Civil Veterinary Department. Central Provinces & Berar 1925-31 - 1925-1931
Year: 1925
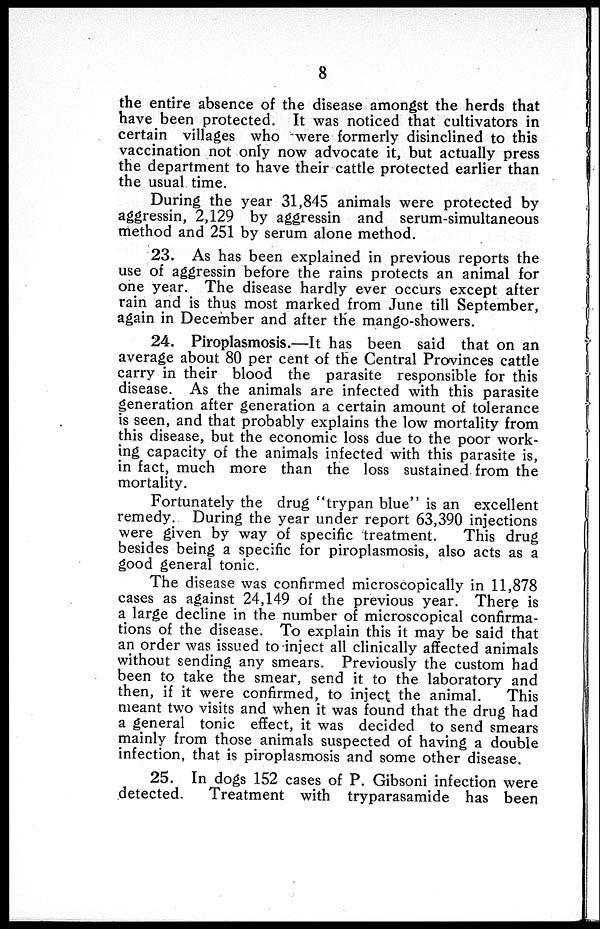
8
the entire absence of the disease amongst the herds that
have been protected. It was noticed that cultivators in
certain villages who were formerly disinclined to this
vaccination not only now advocate it, but actually press
the department to have their cattle protected earlier than
the usual time.
During the year 31,845 animals were protected by
aggressin, 2,129 by aggressin and serum-simultaneous
method and 251 by serum alone method.
23. As has been explained in previous reports the
use of aggressin before the rains protects an animal for
one year. The disease hardly ever occurs except after
rain and is thus most marked from June till September,
again in December and after the mango-showers.
24. Piroplasmosis.—It has been said that on an
average about 80 per cent of the Central Provinces cattle
carry in their blood the parasite responsible for this
disease. As the animals are infected with this parasite
generation after generation a certain amount of tolerance
is seen, and that probably explains the low mortality from
this disease, but the economic loss due to the poor work-
ing capacity of the animals infected with this parasite is,
in fact, much more than the loss sustained from the
mortality.
Fortunately the drug "trypan blue" is an excellent
remedy. During the year under report 63,390 injections
were given by way of specific treatment.
This drug
besides being a specific for piroplasmosis, also acts as a
good general tonic.
The disease was confirmed microscopically in 11,878
cases as against 24,149 of the previous year. There is
a large decline in the number of microscopical confirma-
tions of the disease. To explain this it may be said that
an order was issued to inject all clinically affected animals
without sending any smears. Previously the custom had
been to take the smear, send it to the laboratory and
then, if it were confirmed, to inject the animal.
This
meant two visits and when it was found that the drug had
a general tonic effect, it was decided to send smears
mainly from those animals suspected of having a double
infection, that is piroplasmosis and some other disease.
25. In dogs 152 cases of P. Gibsoni infection were
detected.
Treatment with tryparasamide has been